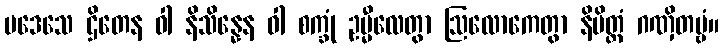
ပဒေသေ ဌိတေန ဝါ နိသိန္နေန ဝါ စက္ခုံ ဥမ္မီလေတွာ ဩလောကေတွာ နိမိတ္တံ ဂဏှိတဗ္ဗံ။